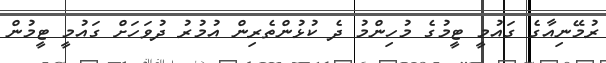
ރުމޭނިއާގެ ގައުމީ ޓީމުގެ މުހިންމު ދެ ކުޅުންތެރިން އުމުރު ދުވަހަށް ގައުމީ ޓީމުން